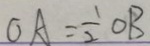
O A = \frac { 1 } { 2 } O B